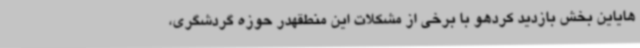
هایاین بخش بازدید کردهو با برخی از مشکلات این منطقهدر حوزه گردشگری،